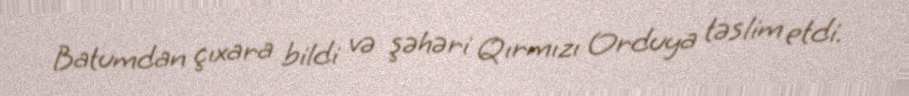
Batumdan çıxara bildi və şəhəri Qırmızı Orduya təslim etdi.